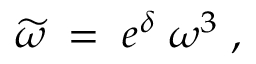
\widetilde { \omega } \; = \; e ^ { \delta } \; \omega ^ { 3 } \; ,